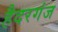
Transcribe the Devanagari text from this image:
हैदरगंज